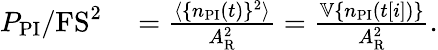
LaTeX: \begin{array}{rl}{P_{\mathrm{PI}}/\mathrm{FS}^{2}}&{{}=\frac{\langle\{ n_{\mathrm{PI}}(t)\} ^{2}\rangle}{A_{\mathrm{R}}^{2}}=\frac{\mathbb{V}\{ n_{\mathrm{PI}}(t[i])\} }{A_{\mathrm{R}}^{2}}.}\end{array}